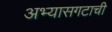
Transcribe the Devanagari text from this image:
अभ्यासगटाची